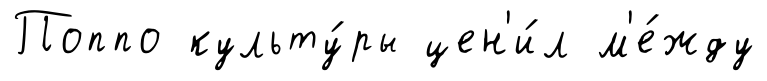
Поппо культу́ры цен'и́л м'е́жду